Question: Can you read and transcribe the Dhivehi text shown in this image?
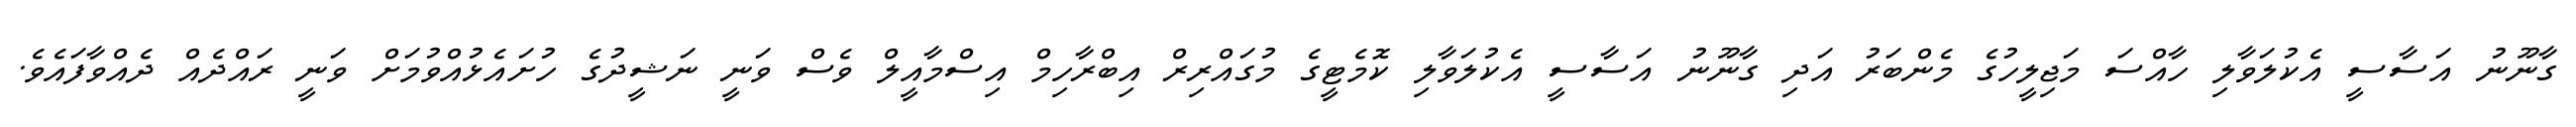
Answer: ގާނޫނު އަސާސީ އެކުލަވާލި ހާއްސަ މަޖިލީހުގެ މެންބަރު އަދި ގާނޫނު އަސާސީ އެކުލަވާލި ކޮމެޓީގެ މުގައްރިރް އިބްރާހިމް އިސްމާއީލް ވެސް ވަނީ ނަޝީދުގެ ހުށައެޅުއްވުމަށް ވަނީ ރައްދެއް ދެއްވާފައެވެ.